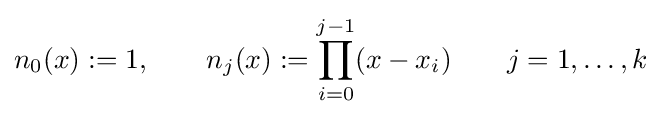
n_{0}(x):=1,\qquad n_{j}(x):=\prod _{i=0}^{j-1}(x-x_{i})\qquad j=1,\ldots ,k